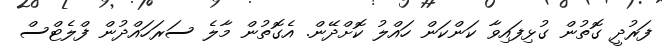
ފަރުދީ ގޮތުން ގުޅިފައިވާ ކަންކަން ހައްލު ކޮށްދޭން. އެގޮތުން މާލެ ސަރަަހައްދުން ފްލެޓްސް